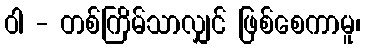
ဝါ - တစ်ကြိမ်သာလျှင် ဖြစ်စေကာမူ၊